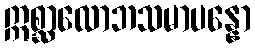
ဣစ္ဆာလောဘသမာပန္နော